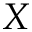
X